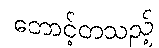
တောင့်တသည့်